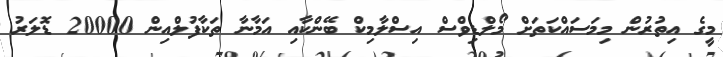
މީގެ އިތުރުން މިމަސައްކަތަށް މޯލްޑިވްސް އިސްލާމިކް ބޭންކާއި އަމާނާ ތަކާފުލްއިން 20000 ޑޮލަރު